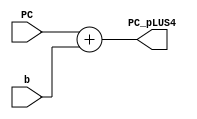
/////////////
//ADDER 
/////////////

`timescale 1ps/1ps 

module adder (
			output [31:0]PC_pLUS4,  
			input [31:0]PC , b
);

		assign #10 PC_pLUS4= PC + b ; 





endmodule